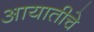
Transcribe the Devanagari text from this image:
आयातीचे